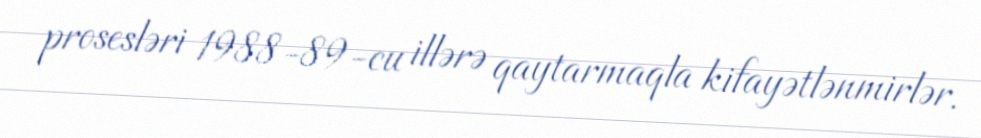
prosesləri 1988-89-cu illərə qaytarmaqla kifayətlənmirlər.